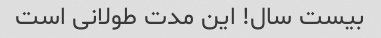
بیست سال! این مدت طولانی است